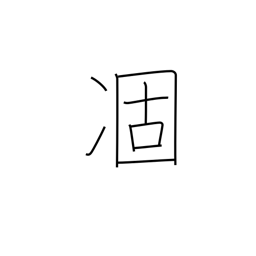
Meaning: droop